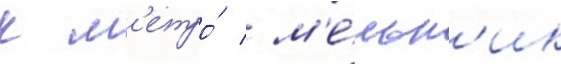
к м'етро́ / м'е́льн'ик